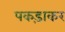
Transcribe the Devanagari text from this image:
पकड़ाकर